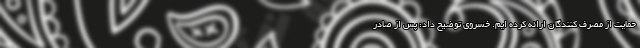
حمایت از مصرف کنندگان ارائه کرده ایم. خسروی توضیح داد: پس از صادر